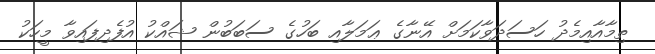
ތިމާއާއިމެދު ހަސަދަވާކަމަށް އޭނާގެ ޢަމަލާއި ބަހުގެ ސަބަބުން ޝައްކު އުފެދިފައިވާ މީހަކު